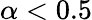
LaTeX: \alpha<0.5